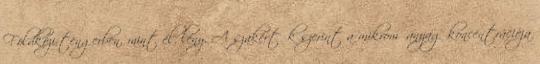
Földközi-tengerben, mint élőlény. A szakértők szerint a mikroműanyag koncentrációja